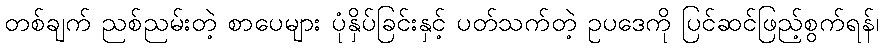
တစ်ချက် ညစ်ညမ်းတဲ့ စာပေများ ပုံနှိပ်ခြင်းနှင့် ပတ်သက်တဲ့ ဥပဒေကို ပြင်ဆင်ဖြည့်စွက်ရန်၊